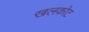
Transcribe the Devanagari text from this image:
खलकोट